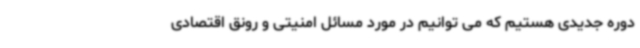
دوره جدیدی هستیم که می توانیم در مورد مسائل امنیتی و رونق اقتصادی